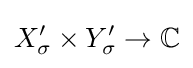
X_{\sigma }^{\prime }\times Y_{\sigma }^{\prime }\to \mathbb {C}